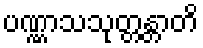
ပဏ္ဏာသသုတ္တန္တာတိ